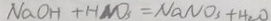
N a O H + H N O _ { 3 } = N a N O _ { 3 } + H _ { 2 } O